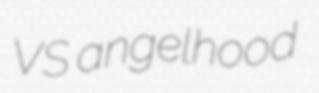
VS angelhood